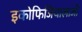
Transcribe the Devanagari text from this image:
इकोफिजियालाजी